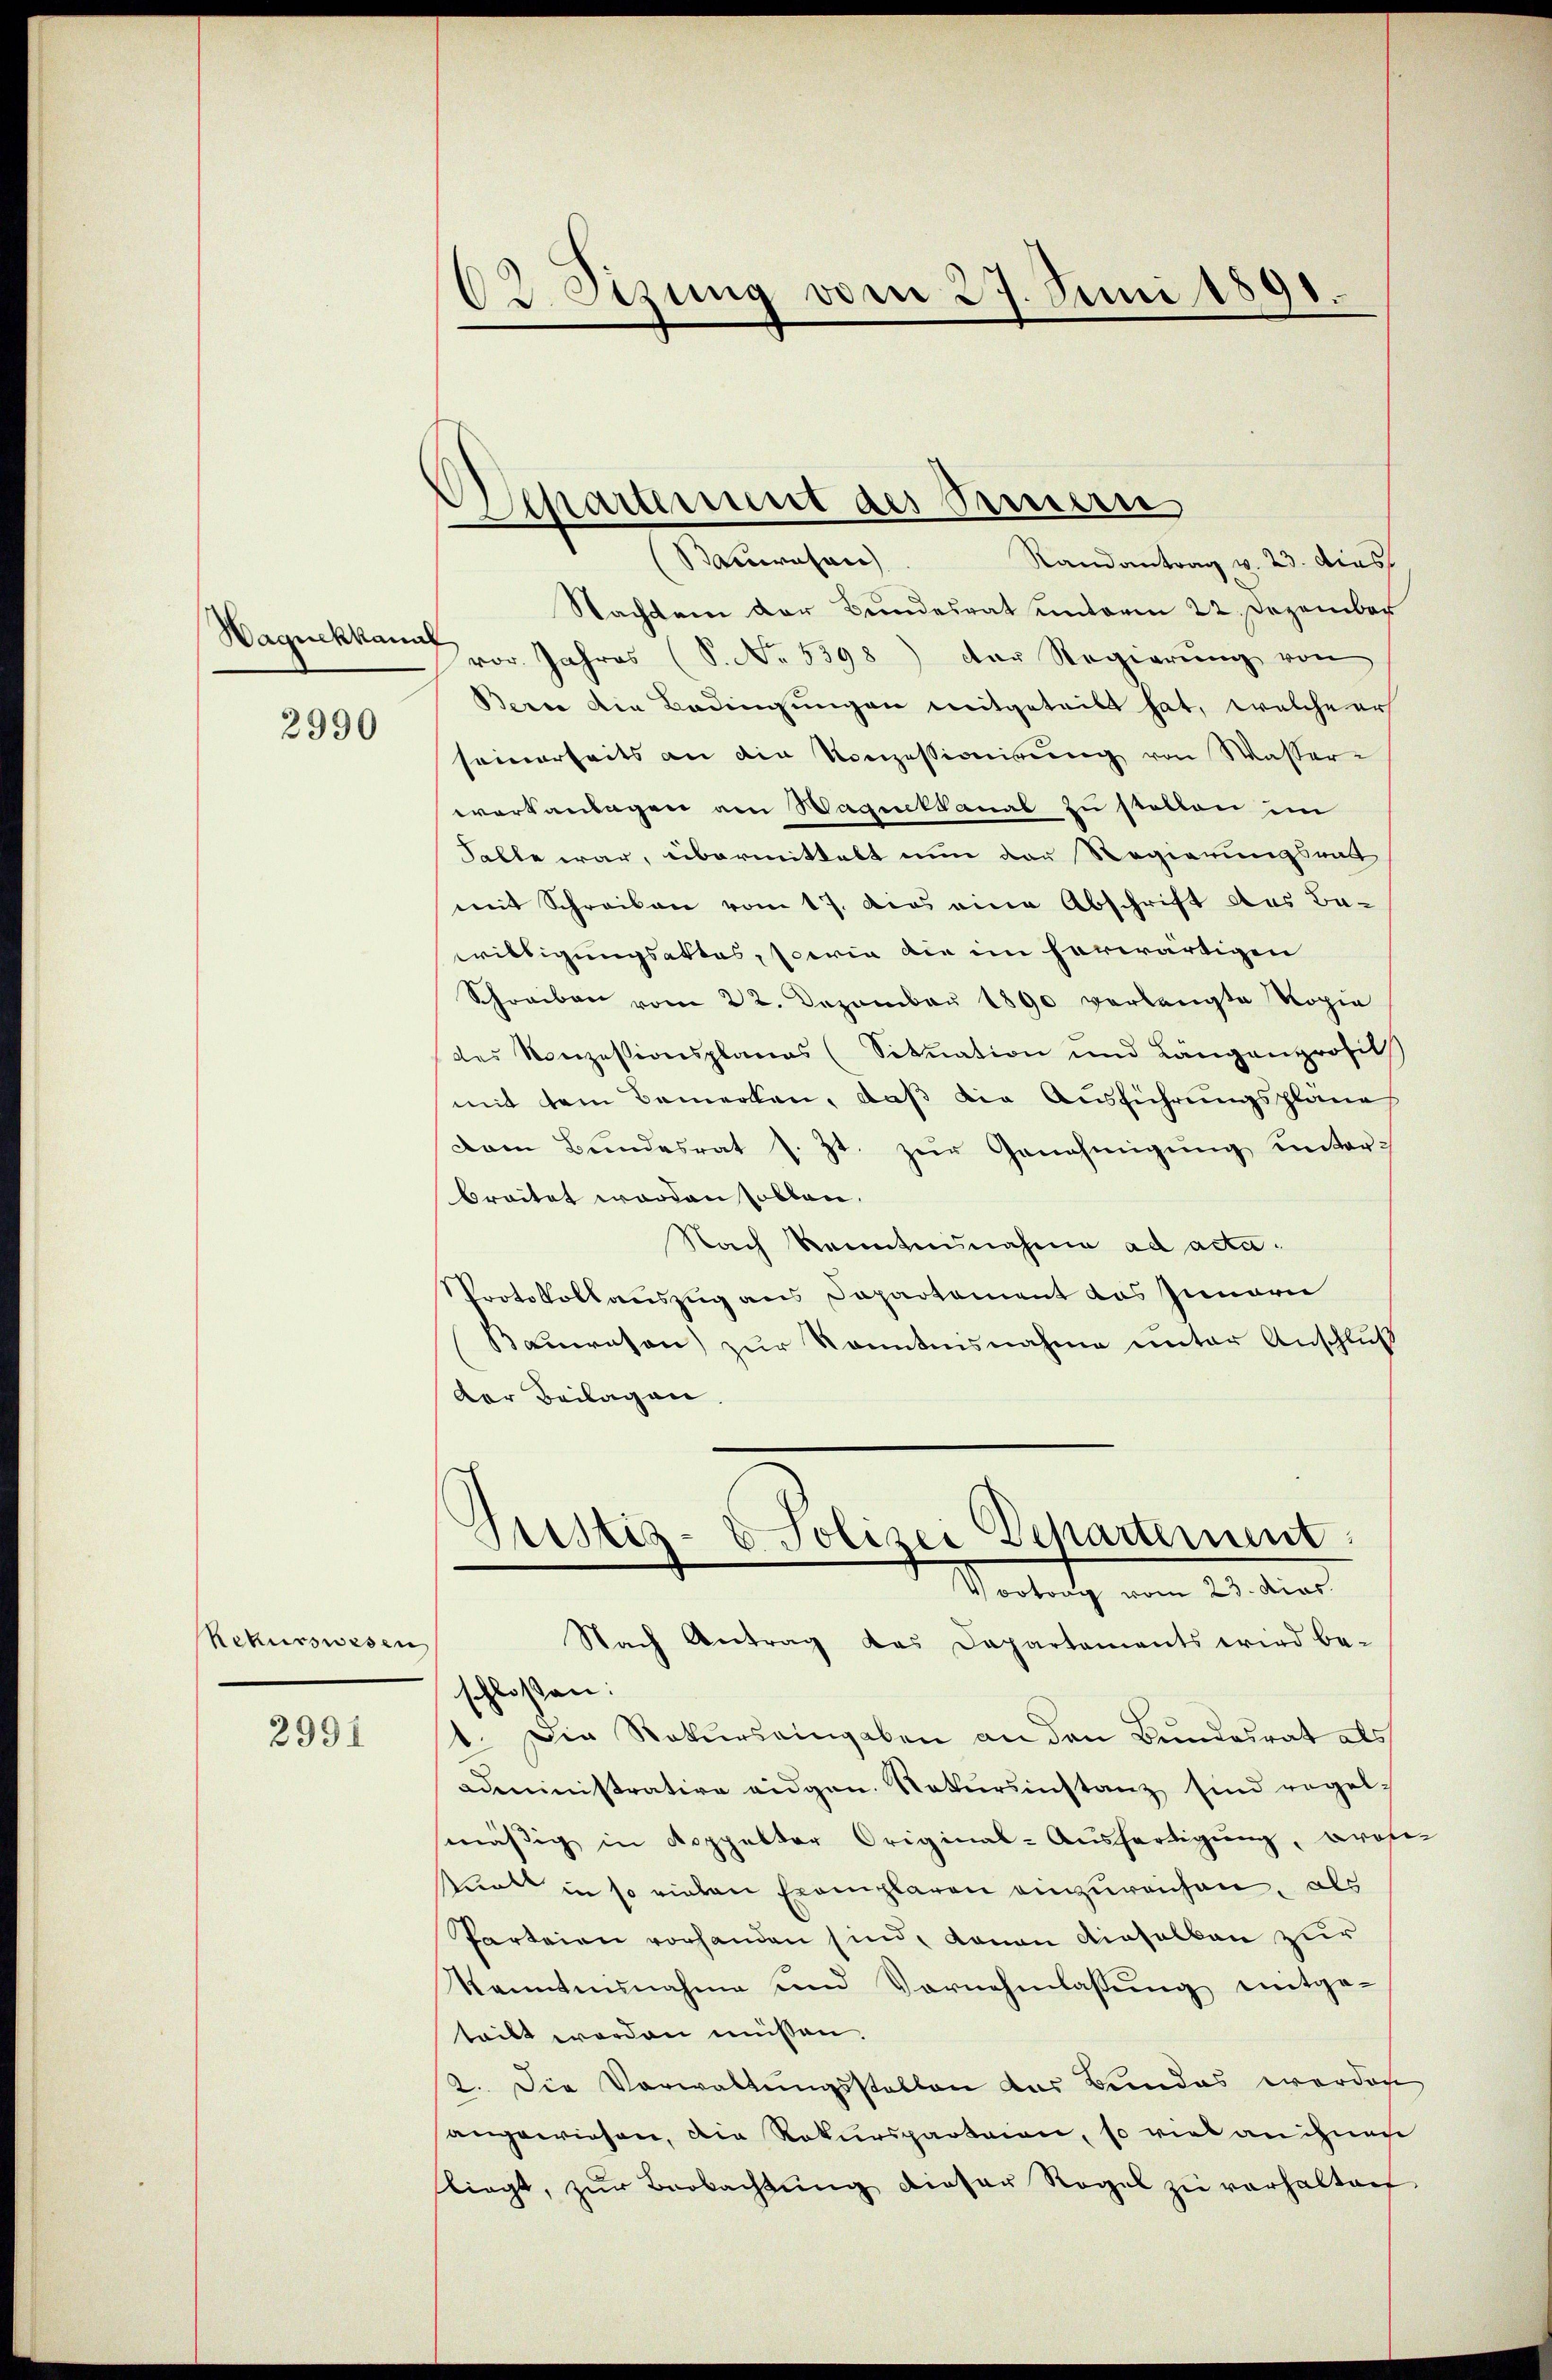
Haguekkanal

2990

Rekurswesen

2991

83. Sitzung vom 27. Juni 1891.

Aparmit des Seitern

Melangen
Randantrag v. 23. dies
Nachten der Bundesrat unterm 22. Dezember
vor. Jahres (S. No. 5398) der Regierŭng von
Berne die Bedingungen mitgeteilt hat, welche ers
seinerseits an die Konzessionirung von Wasser-
workanlagen am Wagnetkanal zu stellen in
Falle war, übermittelt nun der Regierungsrath
mit Schreiben vom 17. dies eine Abschrift das Be-
willigungsaktes, sowie die im herwärtigen
Schreiben vom 22. Dezember 1890 verlangte Kopie
des Konzessionsplanes (Situation und Längenprofil
mit dem Bemerken, daß die Ausführungsplane
Dan Bŭndesrat s. Zt. zŭr Genehmigŭng ŭnterbreitet worden sollen.
Nach Renntnisnahme ad acta¬
Protokollauszug aus Dapartement das Innern
Bauwesen zur Kenntnisnahme unter Anschluß
der Beilagen.

Justiz- & Polizei Departement.
Vortrath vom 21. dies
Nach Antrag das Dapartements wird be-

schloßen:
1. Die Rekurs eingaben an den Bundesrat als
administrative eidgen. Rekursinstanz sind regelsmäßig in doppelter Original-Aŭsfertigŭng, prote-
Prent in so vielen Exemplaren einzureichen, als
Parteien vorhanden sind, dann dieselben zur
kanntnisnahme und Vornehmlassung mitge-
teilt worden müssen.
2. Die Vorwaltungsstellen das Bendas werden
angewiesen, die Rekursparteien, so viel an ihnen
liegt, zŭr Beobachtŭng dieser Regel zŭ verhalten.